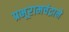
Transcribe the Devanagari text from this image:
प्रभूरामचंद्राने